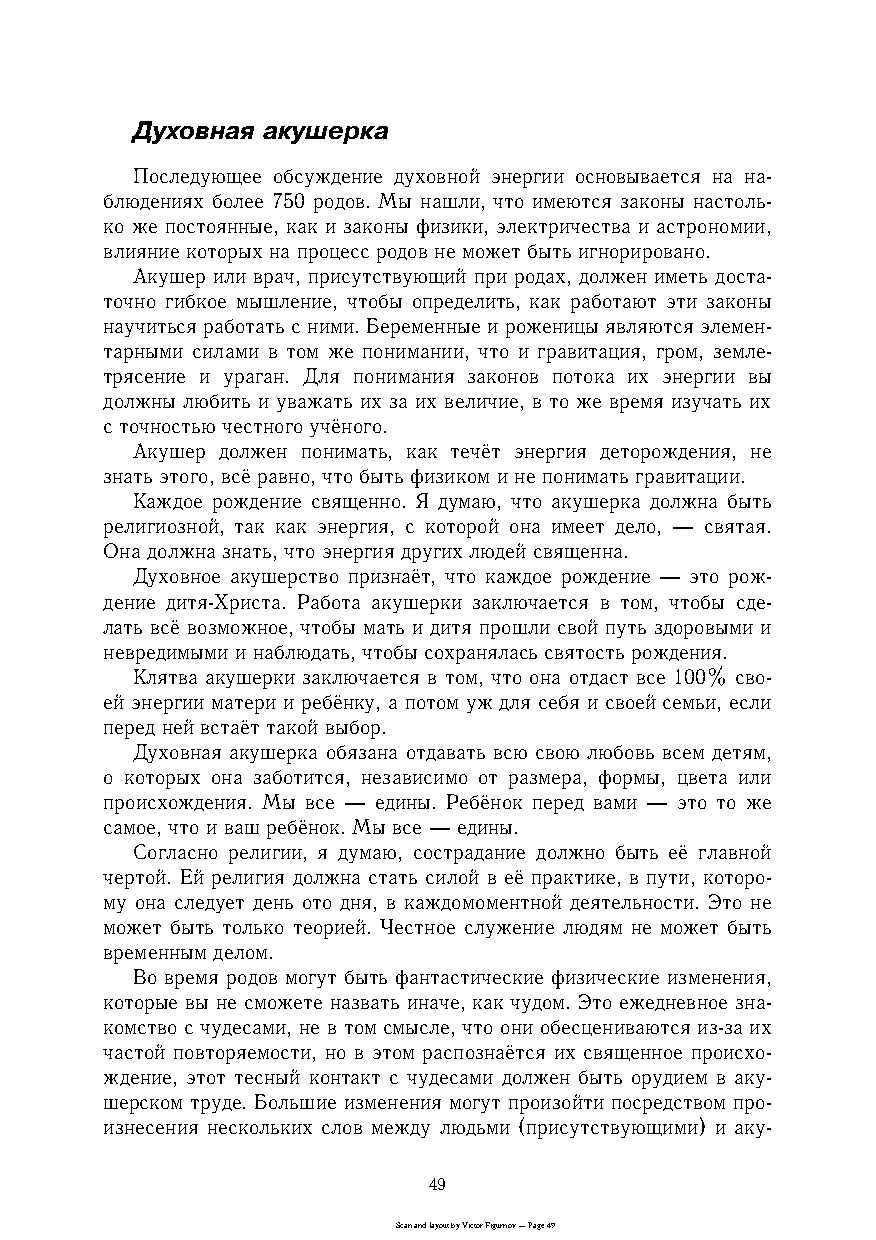
Духовная акушерка
 Последующее обсуждение духовной энергии основывается на наc
 блюдениях более 750 родов. Мы нашли, что имеются законы настольc
 ко же постоянные, как и законы физики, электричества и астрономии,
 влияние которых на процесс родов не может быть игнорировано.
 Акушер или врач, присутствующий при родах, должен иметь достаc
 точно гибкое мышление, чтобы определить, как работают эти законы
 научиться работать с ними. Беременные и роженицы являются элеменc
 тарными силами в том же понимании, что и гравитация, гром, землеc
 трясение и ураган. Для понимания законов потока их энергии вы
 должны любить и уважать их за их величие, в то же время изучать их
 с точностью честного учёного.
 Акушер должен понимать, как течёт энергия деторождения, не
 знать этого, всё равно, что быть физиком и не понимать гравитации.
 Каждое рождение священно. Я думаю, что акушерка должна быть
 религиозной, так как энергия, с которой она имеет дело, — святая.
 Она должна знать, что энергия других людей священна.
 Духовное акушерство признаёт, что каждое рождение — это рожc
 дение дитяcХриста. Работа акушерки заключается в том, чтобы сдеc
 лать всё возможное, чтобы мать и дитя прошли свой путь здоровыми и
 невредимыми и наблюдать, чтобы сохранялась святость рождения.
 Клятва акушерки заключается в том, что она отдаст все 100% своc
 ей энергии матери и ребёнку, а потом уж для себя и своей семьи, если
 перед ней встаёт такой выбор.
 Духовная акушерка обязана отдавать всю свою любовь всем детям,
 о которых она заботится, независимо от размера, формы, цвета или
 происхождения. Мы все — едины. Ребёнок перед вами — это то же
 самое, что и ваш ребёнок. Мы все — едины.
 Согласно религии, я думаю, сострадание должно быть её главной
 чертой. Ей религия должна стать силой в её практике, в пути, котороc
 му она следует день ото дня, в каждомоментной деятельности. Это не
 может быть только теорией. Честное служение людям не может быть
 временным делом.
 Во время родов могут быть фантастические физические изменения,
 которые вы не сможете назвать иначе, как чудом. Это ежедневное знаc
 комство с чудесами, не в том смысле, что они обесцениваются изcза их
 частой повторяемости, но в этом распознаётся их священное происхоc
 ждение, этот тесный контакт с чудесами должен быть орудием в акуc
 шерском труде. Большие изменения могут произойти посредством проc
 изнесения нескольких слов между людьми (присутствующими) и акуc
 49
 Scan and layout by Victor Figurnov — Page 49